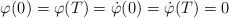
LaTeX: \begin{align*}\varphi(0) = \varphi(T) = \dot\varphi(0) = \dot\varphi(T) = 0\end{align*}